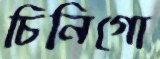
চিনিগো